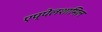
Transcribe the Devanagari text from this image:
एप्पेलशामिल